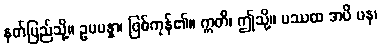
နတ်ပြည်သို့။ ဥပပန္နာ၊ ဖြစ်ကုန်၏။ ဣတိ၊ ဤသို့။ ပဿထ အပိ ပန၊